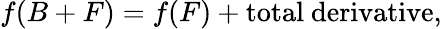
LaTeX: f(B+F)=f(F)+\mathrm{total~derivative},